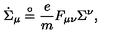
{ \dot { \Sigma } } _ { \mu } \stackrel { \circ } { = } { \frac { e } { m } } F _ { \mu \nu } \Sigma ^ { \nu } ,